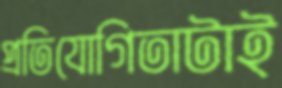
প্রতিযোগিতাটাই